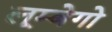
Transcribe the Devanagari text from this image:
लूम्बेगो